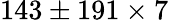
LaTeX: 143\pm 191\times 7